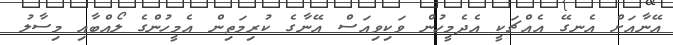
އޭނާއަށް އެނގޭ އެއްޗަކީ އެދެމީހުން ވަކިވިއަސް އޭނާގެ ކުރިމަތިން އެމީހުންގެ ލޯއްބާއި މިސާލު